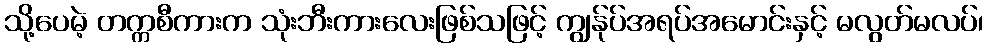
သို့ပေမဲ့ တက္ကစီကားက သုံးဘီးကားလေးဖြစ်သဖြင့် ကျွန်ုပ်အရပ်အမောင်းနှင့် မလွတ်မလပ်၊